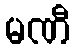
မဏီ